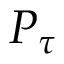
P _ { \tau }